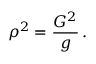
\rho ^ { 2 } = \frac { { \cal G } ^ { 2 } } { g } \, .